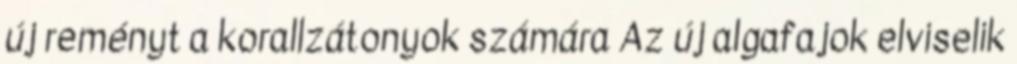
új reményt a korallzátonyok számára Az új algafajok elviselik